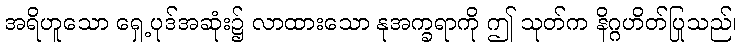
အရိဟူသော ရှေ့ပုဒ်အဆုံး၌ လာထားသော နုအက္ခရာကို ဤ သုတ်က နိဂ္ဂဟိတ်ပြုသည်၊